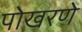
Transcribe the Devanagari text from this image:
पोखरणे